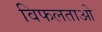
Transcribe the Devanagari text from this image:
विफलताओ